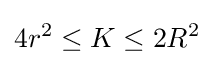
\displaystyle 4r^{2}\leq K\leq 2R^{2}